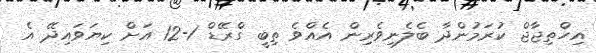
އިހްތިޖާޖް ކުރަމުންދާ ބެލެނިވެރިން އެއްވެ ތިބީ ގްރޭޑް 1-12 އަށް ކިޔަވައިދޭ އެ